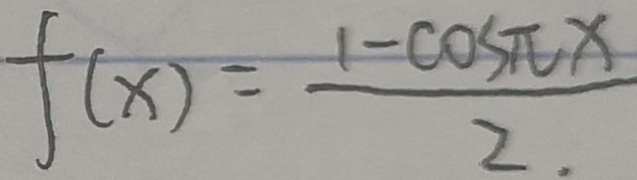
f ( x ) = \frac { 1 - \cos \pi x } { 2 . }